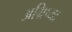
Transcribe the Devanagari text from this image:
अग्रिष्या